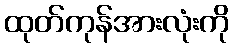
ထုတ်ကုန်အားလုံးကို